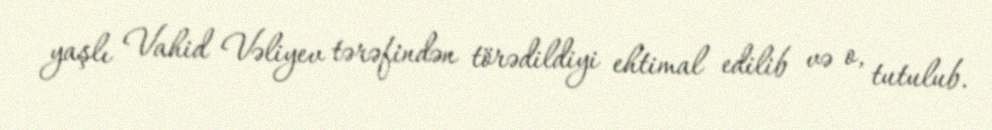
yaşlı Vahid Vəliyev tərəfindən törədildiyi ehtimal edilib və o, tutulub.